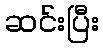
ဆင်းပြီး